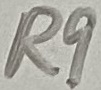
Text: R9